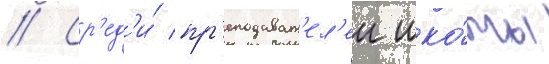
// Ср'ед'и́ пр'еподават'ел'еи шко́лы